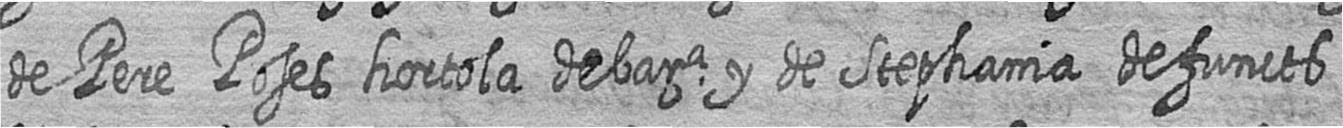
de Pere Poses hortola de bara y de Stephania defuncts